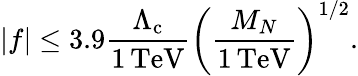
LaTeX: |f|\le 3.9\frac{\Lambda_{\mathrm{c}}}{1\, \mathrm{TeV}}\biggl(\frac{M_{N}}{1\, \mathrm{TeV}}\biggr)^{1/2}.